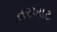
તરખાટ